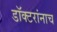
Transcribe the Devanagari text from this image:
डॉक्टरांनाच